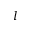
l